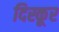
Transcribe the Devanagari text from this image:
दिस्कूर